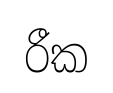
රීක